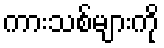
ကားသစ်များကို